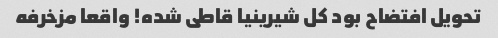
تحویل افتضاح بود کل شیرینیا قاطی شده! واقعا مزخرفه